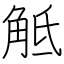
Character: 觝